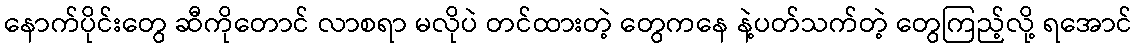
နောက်ပိုင်းတွေ ဆီကိုတောင် လာစရာ မလိုပဲ တင်ထားတဲ့ တွေကနေ နဲ့ပတ်သက်တဲ့ တွေကြည့်လို့ ရအောင်